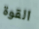
القوة